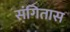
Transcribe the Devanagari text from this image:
संगितास